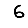
Digit: 6